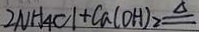
2 N H _ { 4 } C l + C a ( O H ) _ { 2 } \xlongequal { \Delta }